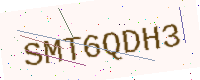
Text: SMT6QDH3